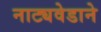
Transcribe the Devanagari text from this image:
नाट्यवेडाने